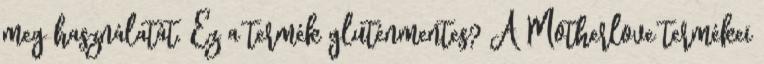
meg használatát. Ez a termék gluténmentes? A Motherlove termékei